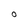
Character: o